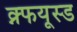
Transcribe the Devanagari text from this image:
क्न्फयूस्ड